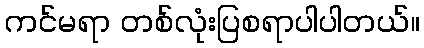
ကင်မရာ တစ်လုံးပြစရာပါပါတယ်။